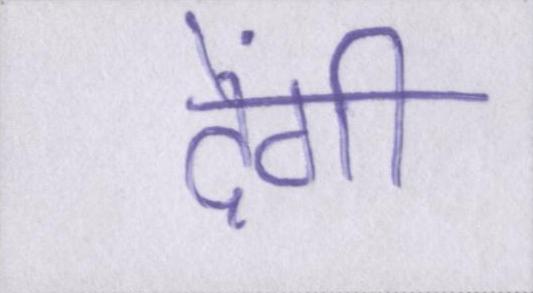
देंगीं